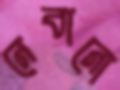
নেবানো